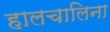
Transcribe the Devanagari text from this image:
हालचालिना